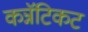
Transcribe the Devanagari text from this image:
कन्नॅटिकट